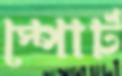
স্পোর্ট